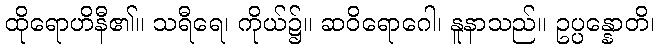
ထိုရောဟိနီ၏။ သရီရေ၊ ကိုယ်၌။ ဆဝိရောဂေါ၊ နူနာသည်။ ဥပ္ပန္နောတိ၊